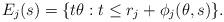
LaTeX: \begin{align*}E_j(s)=\{t\theta:t\leq r_j+\phi_j(\theta,s)\}.\end{align*}